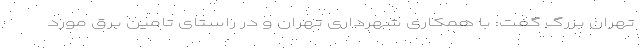
تهران بزرگ گفت: با همکاری شهرداری تهران و در راستای تامین برق مورد